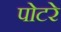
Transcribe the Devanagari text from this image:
पोटरे